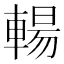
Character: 輰